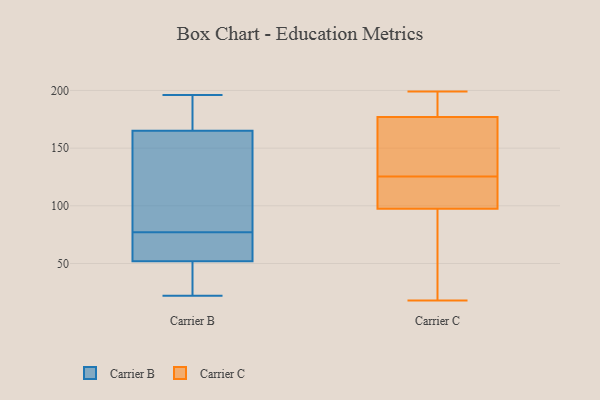
{"axis": {"x": "Temperature (°C)", "y": "Value"}, "legend": ["Carrier B", "Carrier C"], "data": [{"x": "", "y": 53, "type": "Carrier B"}, {"x": "", "y": 69, "type": "Carrier B"}, {"x": "", "y": 196, "type": "Carrier B"}, {"x": "", "y": 52, "type": "Carrier B"}, {"x": "", "y": 193, "type": "Carrier B"}, {"x": "", "y": 137, "type": "Carrier B"}, {"x": "", "y": 41, "type": "Carrier B"}, {"x": "", "y": 165, "type": "Carrier B"}, {"x": "", "y": 22, "type": "Carrier B"}, {"x": "", "y": 52, "type": "Carrier B"}, {"x": "", "y": 103, "type": "Carrier B"}, {"x": "", "y": 29, "type": "Carrier B"}, {"x": "", "y": 85, "type": "Carrier B"}, {"x": "", "y": 97, "type": "Carrier B"}, {"x": "", "y": 42, "type": "Carrier B"}, {"x": "", "y": 190, "type": "Carrier B"}, {"x": "", "y": 55, "type": "Carrier B"}, {"x": "", "y": 166, "type": "Carrier B"}, {"x": "", "y": 175, "type": "Carrier C"}, {"x": "", "y": 184, "type": "Carrier C"}, {"x": "", "y": 106, "type": "Carrier C"}, {"x": "", "y": 179, "type": "Carrier C"}, {"x": "", "y": 49, "type": "Carrier C"}, {"x": "", "y": 48, "type": "Carrier C"}, {"x": "", "y": 92, "type": "Carrier C"}, {"x": "", "y": 170, "type": "Carrier C"}, {"x": "", "y": 18, "type": "Carrier C"}, {"x": "", "y": 199, "type": "Carrier C"}, {"x": "", "y": 124, "type": "Carrier C"}, {"x": "", "y": 155, "type": "Carrier C"}, {"x": "", "y": 121, "type": "Carrier C"}, {"x": "", "y": 183, "type": "Carrier C"}, {"x": "", "y": 127, "type": "Carrier C"}, {"x": "", "y": 103, "type": "Carrier C"}, {"x": "", "y": 167, "type": "Carrier C"}, {"x": "", "y": 106, "type": "Carrier C"}, {"x": "", "y": 191, "type": "Carrier C"}, {"x": "", "y": 41, "type": "Carrier C"}]}